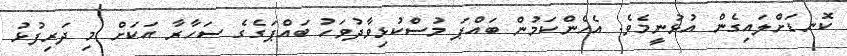
ކޮނޑަށްލައިގެން އުޅުނީމެވެ. އެހެންކަމުން ބައްޕަ މުސްކުޅިވާދުވަހު ބައްޕަގެގެ ސަހާރާ އަކަށް މި ދަރިފުޅު